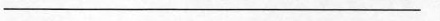
___